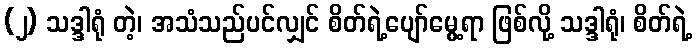
(၂) သဒ္ဒါရုံ တဲ့၊ အသံသည်ပင်လျှင် စိတ်ရဲ့ပျော်မွေ့ရာ ဖြစ်လို့ သဒ္ဒါရုံ၊ စိတ်ရဲ့